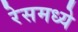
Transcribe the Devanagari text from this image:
रेसमध्ये